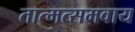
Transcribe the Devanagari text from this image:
तात्मत्समवाय